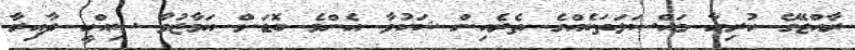
ރާއްޖޭގެ ހުރިހާ މައްސަލަތަކެއްގެ ތެރެއިން ޝަކުވާ އެންމެ ބޮޑަށް އަމާޒުވާ ސިއްހީ ދާއިރާ